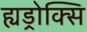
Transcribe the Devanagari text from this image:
ह्यड्रोक्सि